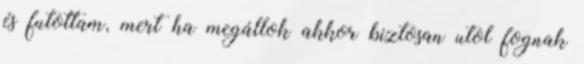
és futottam, mert ha megállok akkor biztosan utol fognak